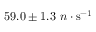
5 9 . 0 \pm 1 . 3 ~ n \cdot \mathrm { s ^ { - 1 } }